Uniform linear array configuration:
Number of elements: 12
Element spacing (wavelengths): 0.75
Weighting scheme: hamming
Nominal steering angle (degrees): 15
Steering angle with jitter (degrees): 16.59
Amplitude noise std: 0.05
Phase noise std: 0.05

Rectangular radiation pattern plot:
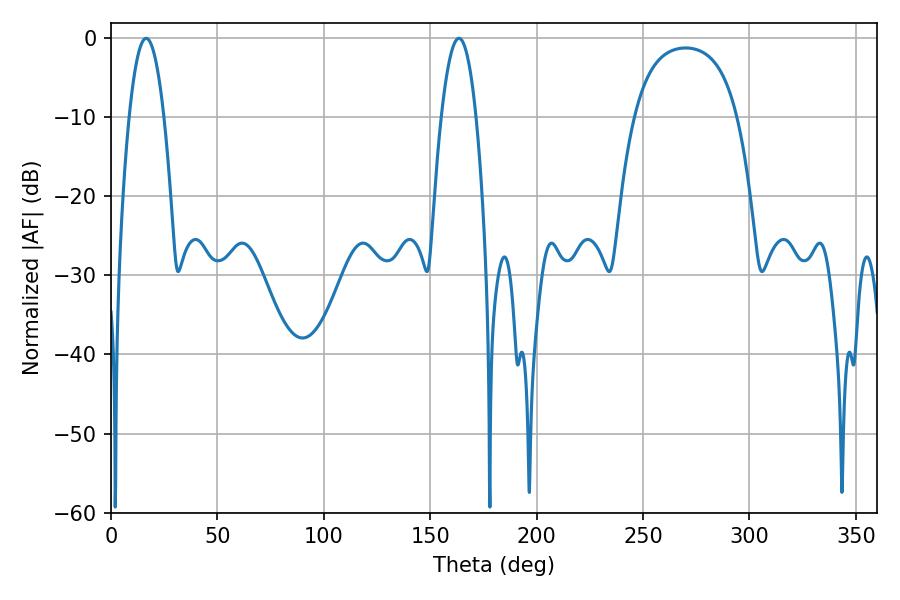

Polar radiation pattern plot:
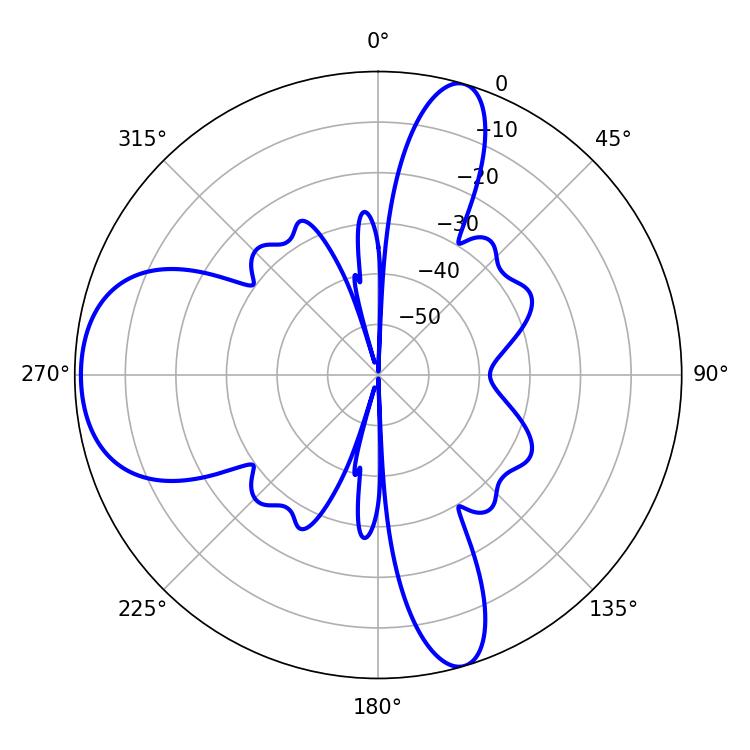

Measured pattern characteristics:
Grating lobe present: TRUE
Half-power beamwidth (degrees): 9
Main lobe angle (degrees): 16.56